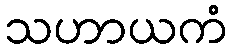
သဟာယကံ